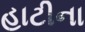
હાટીના